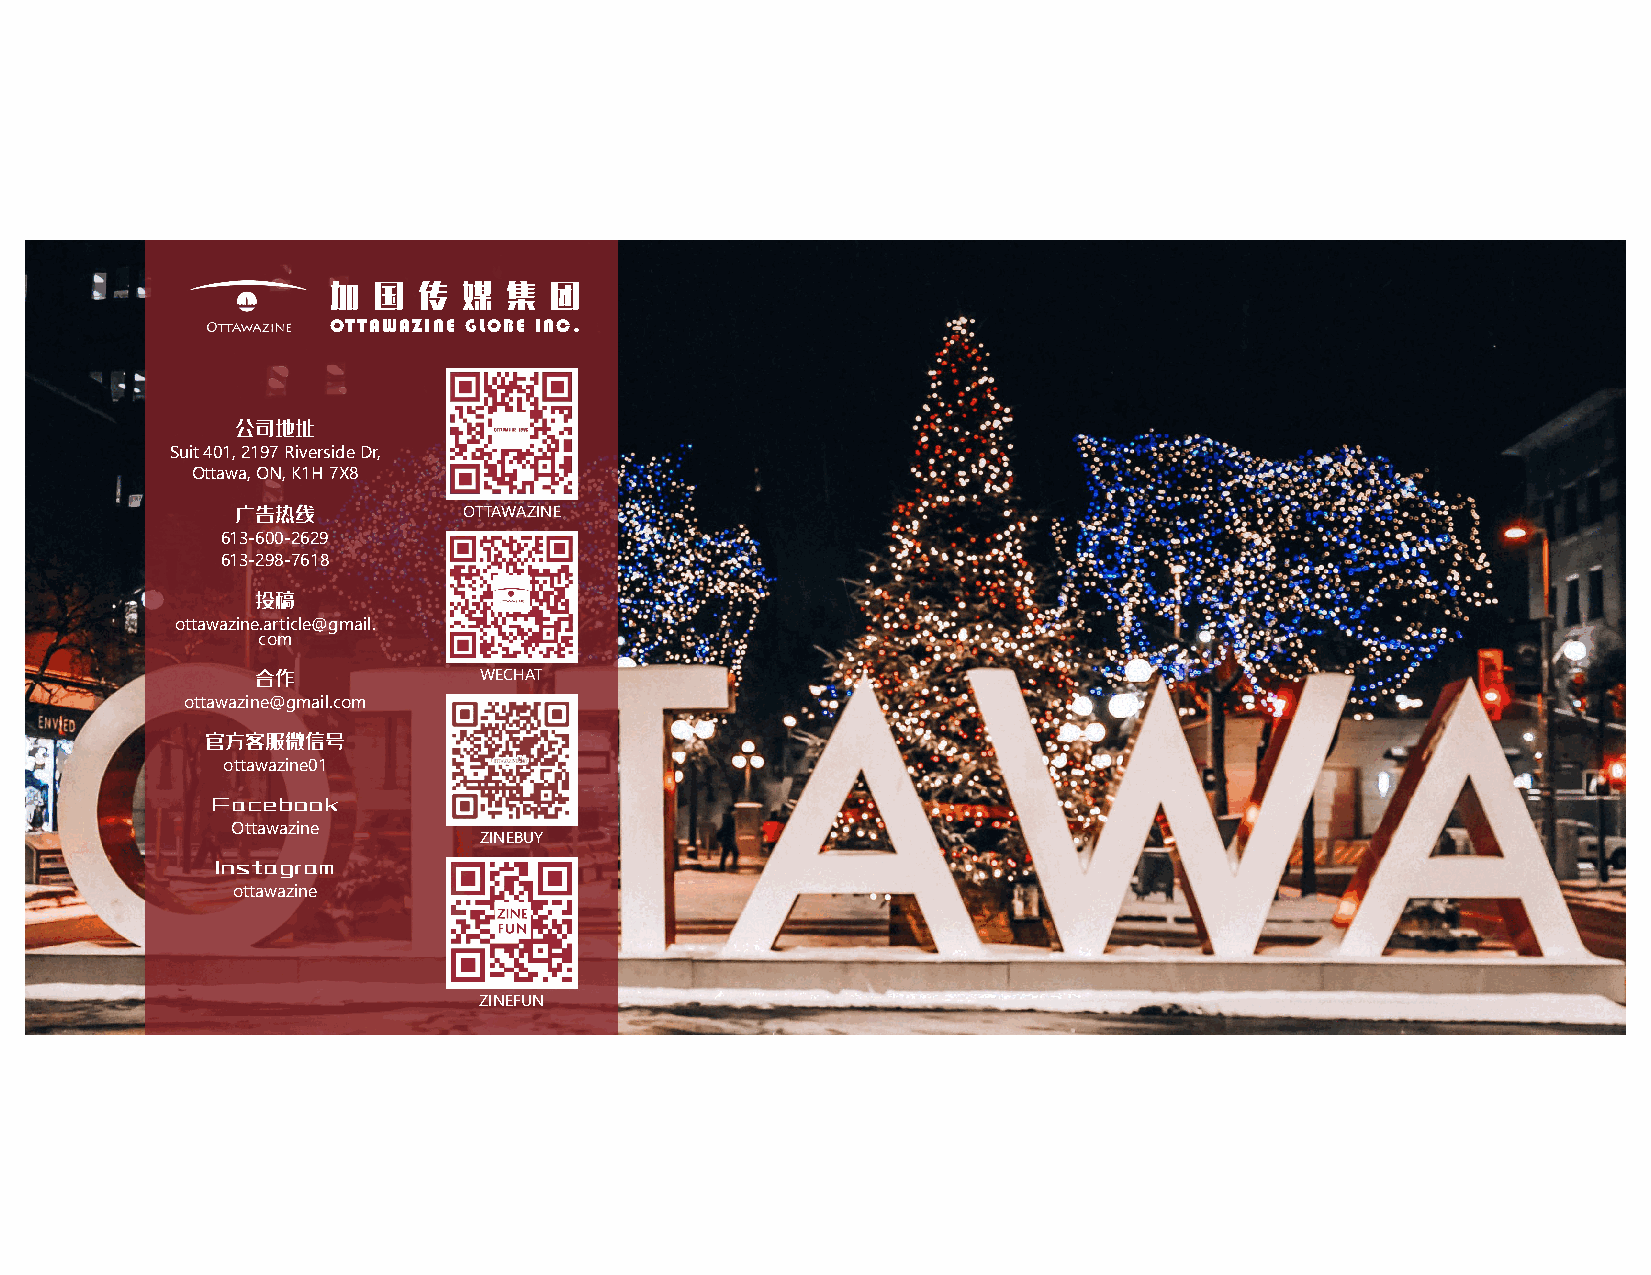
加  国  传  媒 集  团
 OTTAWAZINE GLOBE INC.
 公司地址
 Suit 401, 2197 Riverside Dr,
 Ottawa, ON, K1H 7X8
 广告热线           OTTAWAZINE
 613-600-2629
 613-298-7618
 投稿
 ottawazine.article@gmail.
 com
 合作             WECHAT
 ottawazine@gmail.com
 官方客服微信号
 ottawazine01
 Facebook
 Ottawazine
 ZINEBUY
 Instagram
 ottawazine
 ZINEFUN